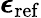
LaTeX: \boldsymbol{\epsilon}_{\mathrm{ref}}